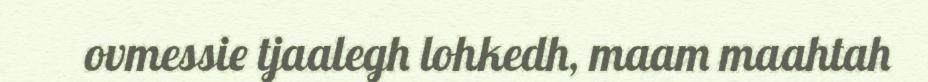
ovmessie tjaalegh lohkedh, maam maahtah